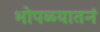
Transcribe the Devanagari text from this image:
भोपळ्यातनं